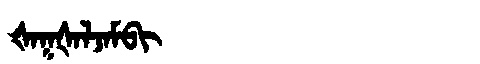
Manchu: ᡧᠠᡴᡧᠠᠯᠵᠠᠮᠪᡳ
Romanization: ŠAKŠALJAMBI